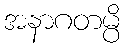
အနာဂတမ္ပိ